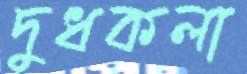
দুধকলা